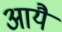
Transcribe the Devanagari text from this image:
आयै